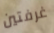
غرفتين